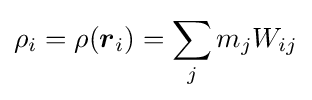
\rho _{i}=\rho ({\boldsymbol {r}}_{i})=\sum _{j}m_{j}W_{ij}